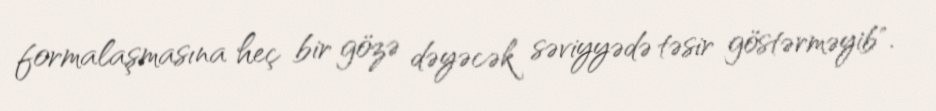
formalaşmasına heç bir gözə dəyəcək səviyyədə təsir göstərməyib".